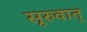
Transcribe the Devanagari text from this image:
सूरुवात्